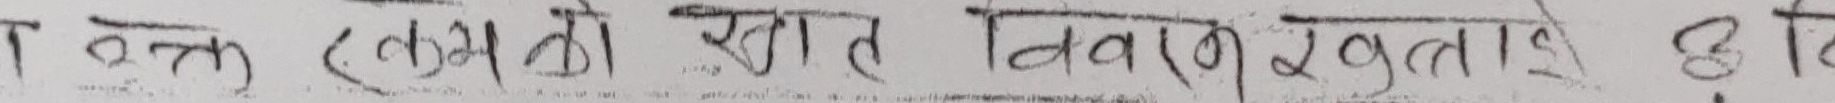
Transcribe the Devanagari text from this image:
तत्र एकलव्यको हात त निवारक खुलाइ ३ दि